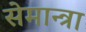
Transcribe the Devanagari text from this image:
सेमान्त्रा